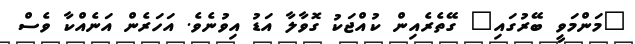
"މަންމަވީ ބޭރުގައި" ގޭތެރެއިން ކުއްޖަކު ގޮވާލާ އަޑު އިވުނެވެ. އަހަރެން އަނެއްކާ ވެސް